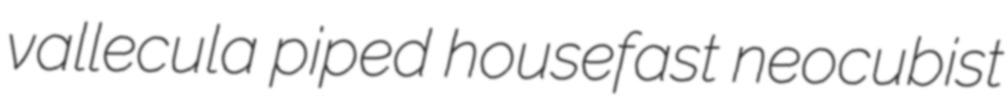
vallecula piped housefast neocubist